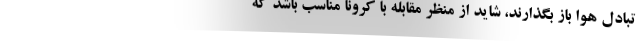
تبادل هوا باز بگذارند، شاید از منظر مقابله با کرونا مناسب باشد که